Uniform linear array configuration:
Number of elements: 12
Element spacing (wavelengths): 0.25
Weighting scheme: hann
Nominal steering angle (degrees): -30
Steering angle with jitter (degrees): -29.926
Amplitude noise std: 0.05
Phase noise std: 0.05

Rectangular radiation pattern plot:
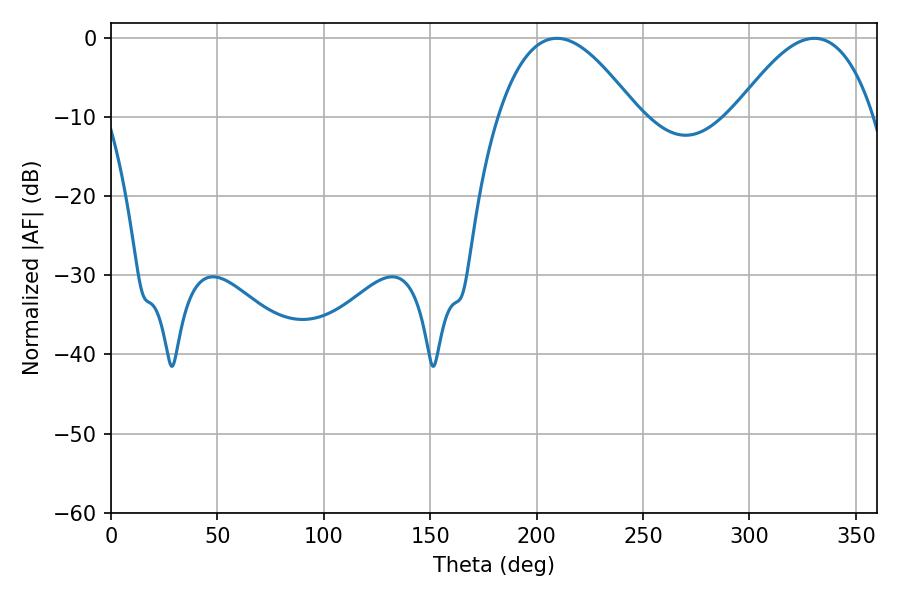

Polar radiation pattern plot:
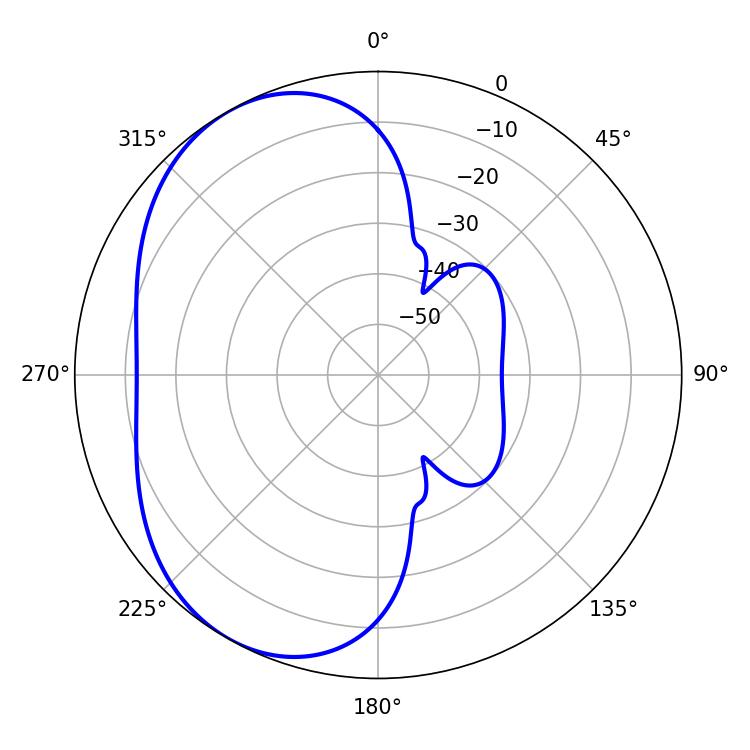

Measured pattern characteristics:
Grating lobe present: FALSE
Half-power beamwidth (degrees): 35.82
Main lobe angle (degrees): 209.52